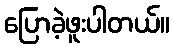
ပြောခဲ့ဖူးပါတယ်။